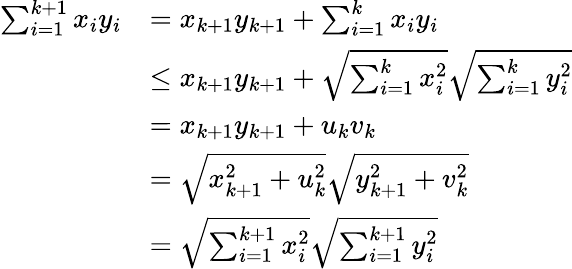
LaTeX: \begin{array}{rl}{\sum_{i=1}^{k+1}x_{i}y_{i}}&{=x_{k+1}y_{k+1}+\sum_{i=1}^{k}x_{i}y_{i}}\\ &{\le x_{k+1}y_{k+1}+\sqrt{\sum_{i=1}^{k}x_{i}^{2}}\sqrt{\sum_{i=1}^{k}y_{i}^{2}}}\\ &{=x_{k+1}y_{k+1}+u_{k}v_{k}}\\ &{=\sqrt{x_{k+1}^{2}+u_{k}^{2}}\sqrt{y_{k+1}^{2}+v_{k}^{2}}}\\ &{=\sqrt{\sum_{i=1}^{k+1}x_{i}^{2}}\sqrt{\sum_{i=1}^{k+1}y_{i}^{2}}}\end{array}